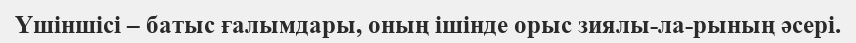
Үшіншісі – батыс ғалымдары, оның ішінде орыс зиялы­ла­рының әсері.